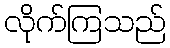
လိုက်ကြသည်